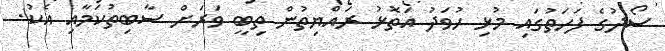
ސޯދުގެ ފަހަތުގައި މުޅި ހުވަދު އަތޮޅު ރައްޔިތުން ތިބީ ވަރަށް ސާބިތުކަމާއި އެކު.